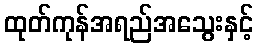
ထုတ်ကုန်အရည်အသွေးနှင့်